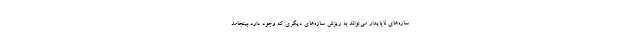
سازه‌های ناپایدار می‌تواند به ریزش سازه‌های دیگری که وجود دارد بینجامد